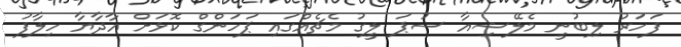
ފަހަރު ލިބުނީ މެލޭޝިއާ ސުޕަ ލީގު މެޗެއްގައި ޕަހަންގް ކޮޅަށް އާދާޔާ ހިލާފު